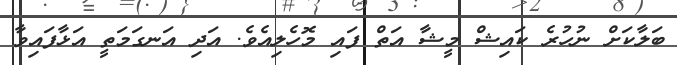
ބަލާކަށް ނުހުރެ ކައިޝް މީޝާ އަތް ފައި މޮހެލިއެވެ. އަދި އަނގަމަތީ އަޅާފައިވާ